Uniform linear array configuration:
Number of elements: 64
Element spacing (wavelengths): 0.5
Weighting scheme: blackman
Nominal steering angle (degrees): -15
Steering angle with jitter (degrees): -16.252
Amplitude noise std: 0.05
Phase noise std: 0.05

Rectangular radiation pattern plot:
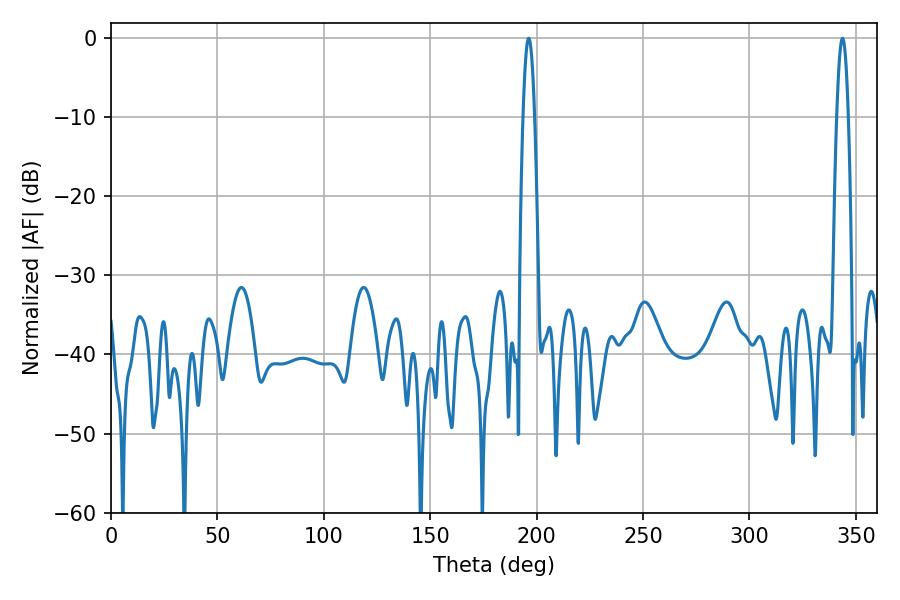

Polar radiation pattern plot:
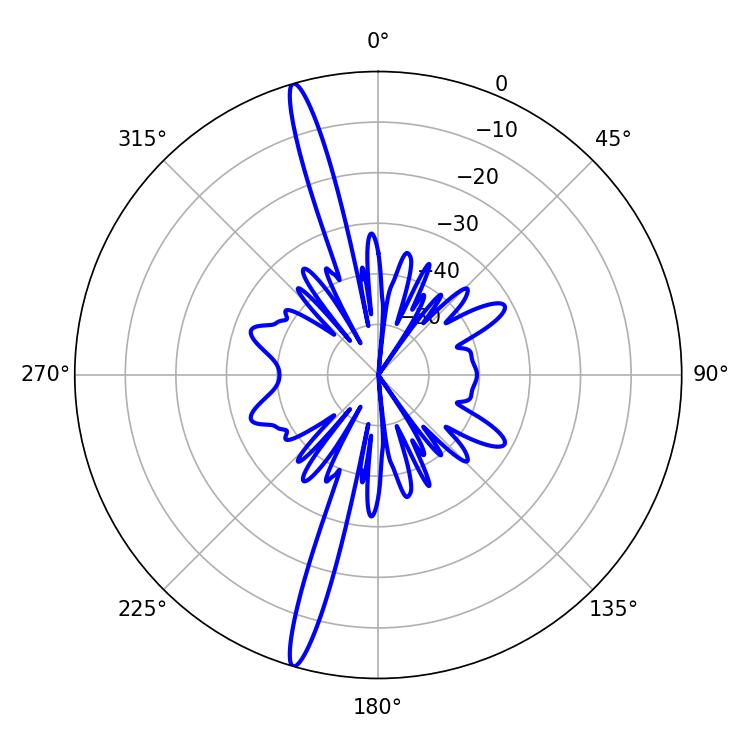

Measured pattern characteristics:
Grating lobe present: FALSE
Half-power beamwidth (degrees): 3.06
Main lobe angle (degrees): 196.2